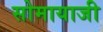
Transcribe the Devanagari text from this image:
सोमायाजी